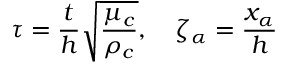
\tau = \frac { t } { h } \sqrt { \frac { \mu _ { c } } { \rho _ { c } } } , \quad \zeta _ { \alpha } = \frac { x _ { \alpha } } { h }